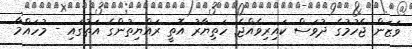
ވަޒަން ޖެހުމުގެ ދުވަސް ކައިރިވެއްޖެ